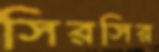
সিরসির